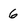
Character: 6